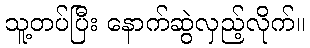
သူ့တပ်ပြီး နောက်ဆွဲလှည့်လိုက်။